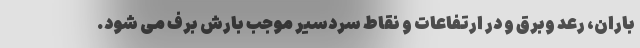
باران، رعد وبرق و در ارتفاعات و نقاط سردسیر موجب بارش برف می شود.